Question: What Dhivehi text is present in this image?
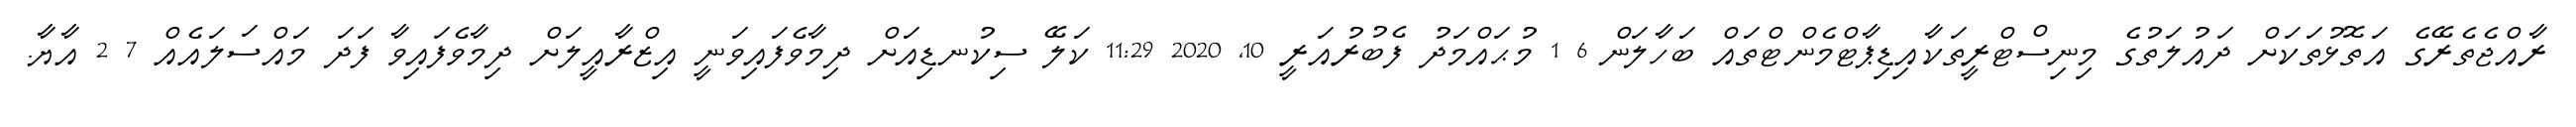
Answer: ރާއްޖެތެރޭގެ އަތޮޅުތަކަށް ދައުލަތުގެ މިނިސްޓްރީތަކާއިޑިޕާޓްމެންޓްތައް ބަހާލަން 6 1 މުޙައްމަދު ފެބުރުއަރީ 10, 2020 11:29 ކަލޭ ސިކުނޑިއަށް ދިމާވެފައިވަނީ އިޒްރާއީލަށް ދިމާވެފައިވާ ފަދަ މައްސަލައެއް 7 2 އާޔާ.